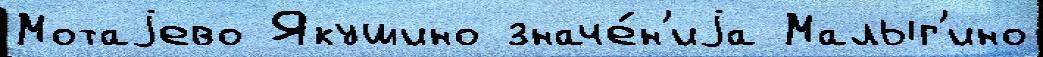
Мотаjево Якушино значе́н'иjа Малыг'ино